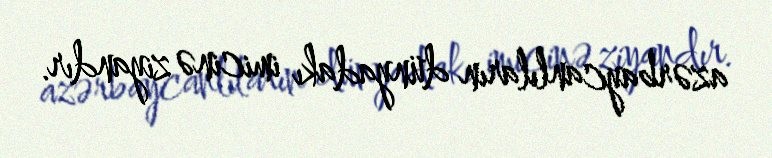
azərbaycanlıların dünyadakı imicinə ziyandır.